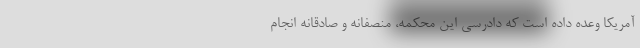
آمریکا وعده داده است که دادرسی این محکمه، منصفانه و صادقانه انجام